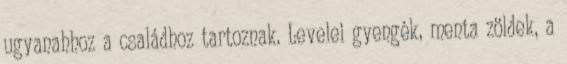
ugyanahhoz a családhoz tartoznak. Levelei gyengék, menta zöldek, a